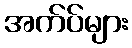
အက်ပ်များ